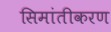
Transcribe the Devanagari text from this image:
सिमांतीकरण